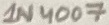
Text: 1N4007